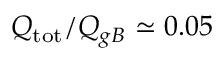
Q _ { \mathrm { t o t } } / Q _ { g B } \simeq 0 . 0 5